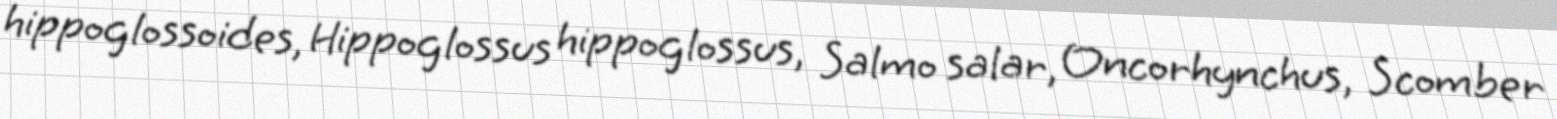
hippoglossoides, Hippoglossus hippoglossus, Salmo salar, Oncorhynchus, Scomber